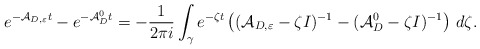
\begin{align*}e^{-\mathcal{A}_{D,\varepsilon}t}-e^{-\mathcal{A}_D^0t}=-\frac{1}{2\pi i}\int _\gamma e^{-\zeta t}\left((\mathcal{A}_{D,\varepsilon}-\zeta I)^{-1}-(\mathcal{A}_D^0 -\zeta I)^{-1}\right)\,d\zeta .\end{align*}